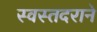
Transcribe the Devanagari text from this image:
स्वस्तदराने